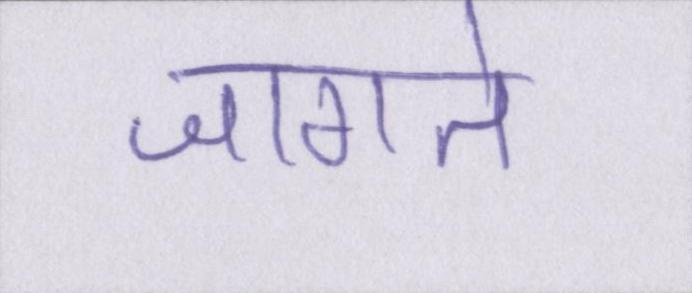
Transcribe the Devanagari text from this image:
जागते